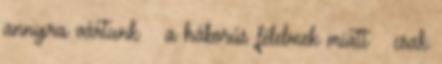
annyira vártunk – a háborús félelmek miatt – csak